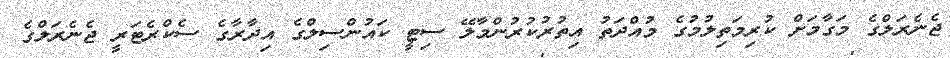
ޖެނެރަލްގެ މަގާމަށް ކުރިމަތިލުމުގެ މުއްދަތު އިތުރުކުރުންމާލޭ ސިޓީ ކައުންސިލްގެ އިދާރާގެ ސެކްރެޓަރީ ޖެނެރަލްގެ